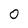
Character: 0